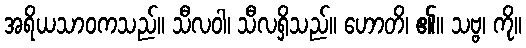
အရိယသာဝကသည်။ သီလဝါ၊ သီလရှိသည်။ ဟောတိ၊ ၏။ သဗ္ဗ၊ ကို။